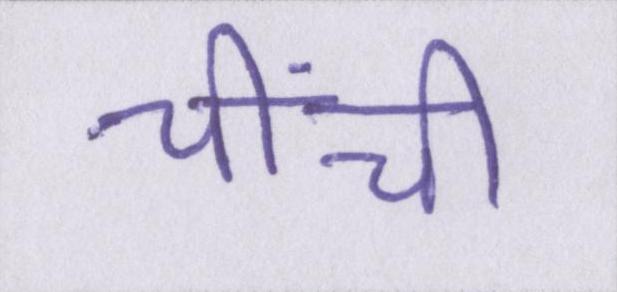
चींची